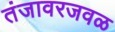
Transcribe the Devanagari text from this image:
तंजावरजवळ